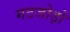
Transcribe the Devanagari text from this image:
गठजोड़ों